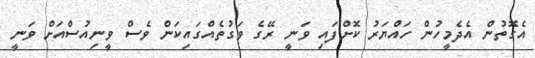
އެގޮތުން އެދެމީހުން ހައްޔަރު ކޮށްފައި ވަނީ ރޭގެ ވަގުތެއްގައިކަން ވެސް ވީނިއުސްއަށް ވަނީ